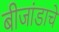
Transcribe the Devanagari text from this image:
बीजांडाचे